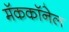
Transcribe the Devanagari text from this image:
मॅककॉनेल